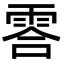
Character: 䨐